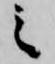
之